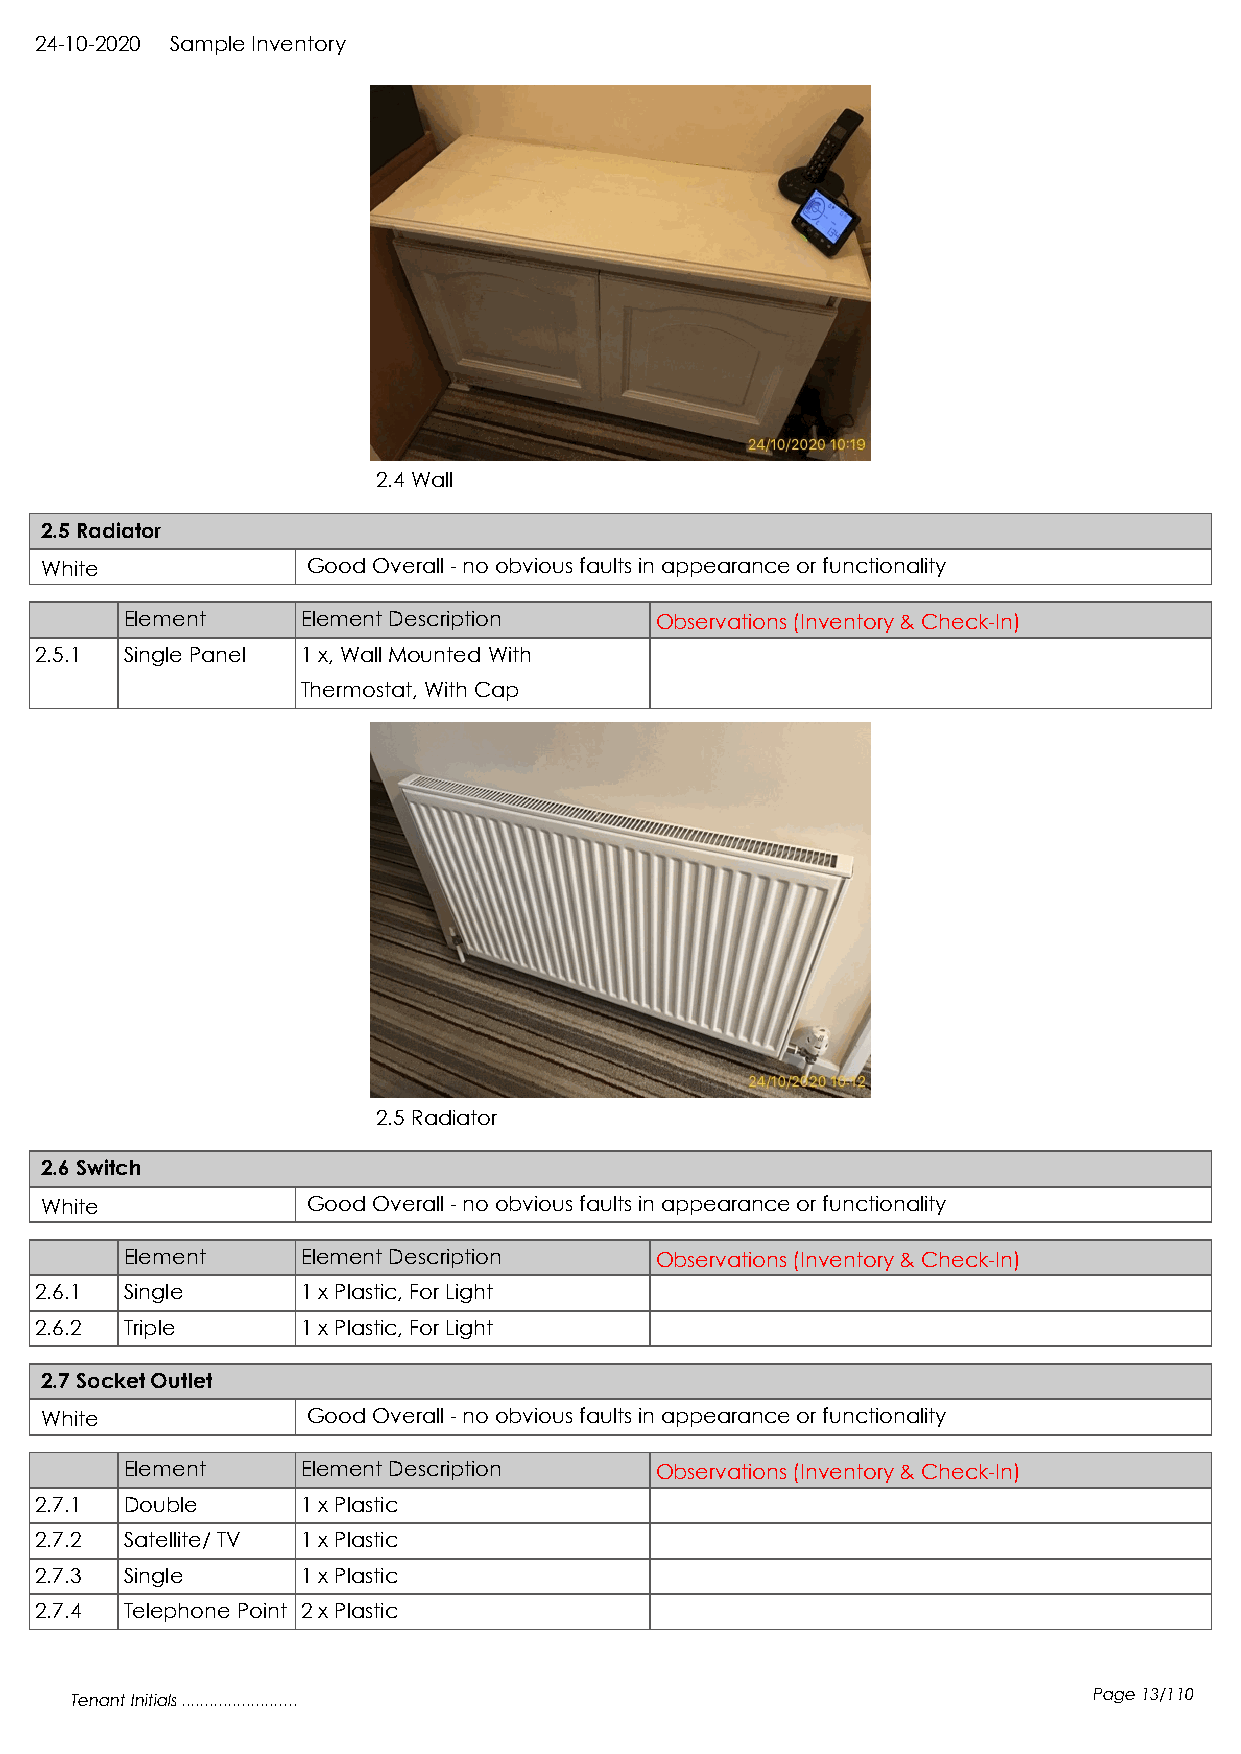
24-10-2020 Sample Inventory
 2.4 Wall
 2.5 Radiator
 White            Good Overall - no obvious faults in appearance or functionality
 Element     Element Description    Observations (Inventory & Check-In)
 2.5.1 Single Panel 1 x, Wall Mounted With
 Thermostat, With Cap
 2.5 Radiator
 2.6 Switch
 White            Good Overall - no obvious faults in appearance or functionality
 Element     Element Description    Observations (Inventory & Check-In)
 2.6.1 Single      1 x Plastic, For Light
 2.6.2 Triple      1 x Plastic, For Light
 2.7 Socket Outlet
 White            Good Overall - no obvious faults in appearance or functionality
 Element     Element Description    Observations (Inventory & Check-In)
 2.7.1 Double      1 x Plastic
 2.7.2 Satellite/ TV 1 x Plastic
 2.7.3 Single      1 x Plastic
 2.7.4 Telephone Point 2 x Plastic
 Tenant Initials .........................                          Page 13/110